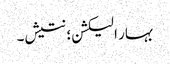
بہار الیکشن؛ نتیش۔